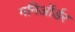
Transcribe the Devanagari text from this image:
मनिऑर्डर